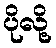
ပိုလို့